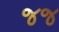
જજ